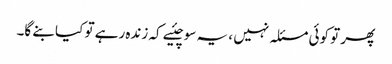
پھر تو کوئی مسئلہ نہیں ، یہ سوچئیے کہ زندہ رہے تو کیا بنے گا۔